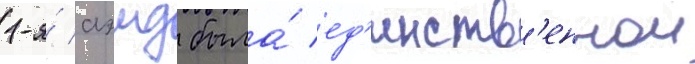
1-я́ аэмд была́ ед'инств'еннои